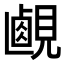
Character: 𧡹